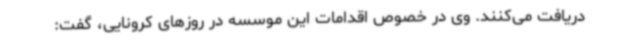
دریافت می‌کنند. وی در خصوص اقدامات این موسسه در روزهای کرونایی، گفت: